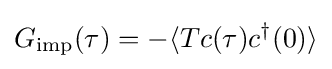
G_{\text{imp}}(\tau )=-\langle Tc(\tau )c^{\dagger }(0)\rangle